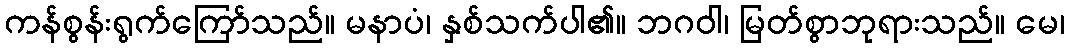
ကန်စွန်းရွက်ကြော်သည်။ မနာပံ၊ နှစ်သက်ပါ၏။ ဘဂဝါ၊ မြတ်စွာဘုရားသည်။ မေ၊